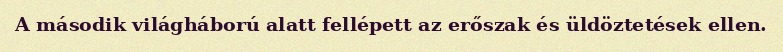
A második világháború alatt fellépett az erőszak és üldöztetések ellen.